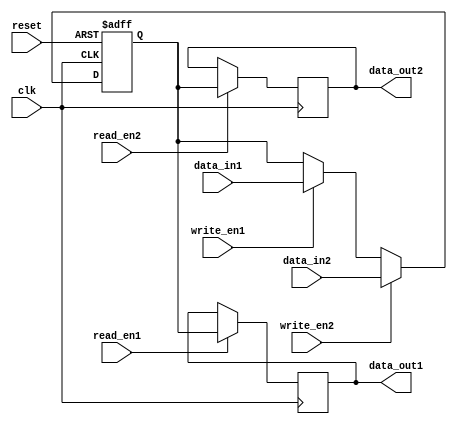
module DualPortBypassRegister (
    input wire clk, // Clock input
    input wire reset, // Reset input
    input wire write_en1, // Write enable for port 1
    input wire write_en2, // Write enable for port 2
    input wire [31:0] data_in1, // Data input for port 1
    input wire [31:0] data_in2, // Data input for port 2
    input wire read_en1, // Read enable for port 1
    input wire read_en2, // Read enable for port 2
    output reg [31:0] data_out1, // Data output for port 1
    output reg [31:0] data_out2 // Data output for port 2
);

reg [31:0] reg_data;

always @(posedge clk or posedge reset) begin
    if (reset) begin
        reg_data <= 32'd0;
    end else begin
        if (write_en1) begin
            reg_data <= data_in1;
        end
        if (write_en2) begin
            reg_data <= data_in2;
        end
    end
end

always @(posedge clk) begin
    if (read_en1) begin
        data_out1 <= reg_data;
    end
    if (read_en2) begin
        data_out2 <= reg_data;
    end
end

endmodule